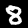
Digit: 8